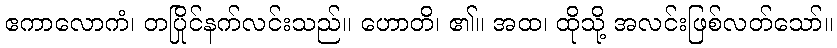
ဧကာလောကံ၊ တပြိုင်နက်လင်းသည်။ ဟောတိ၊ ၏။ အထ၊ ထိုသို့ အလင်းဖြစ်လတ်သော်။